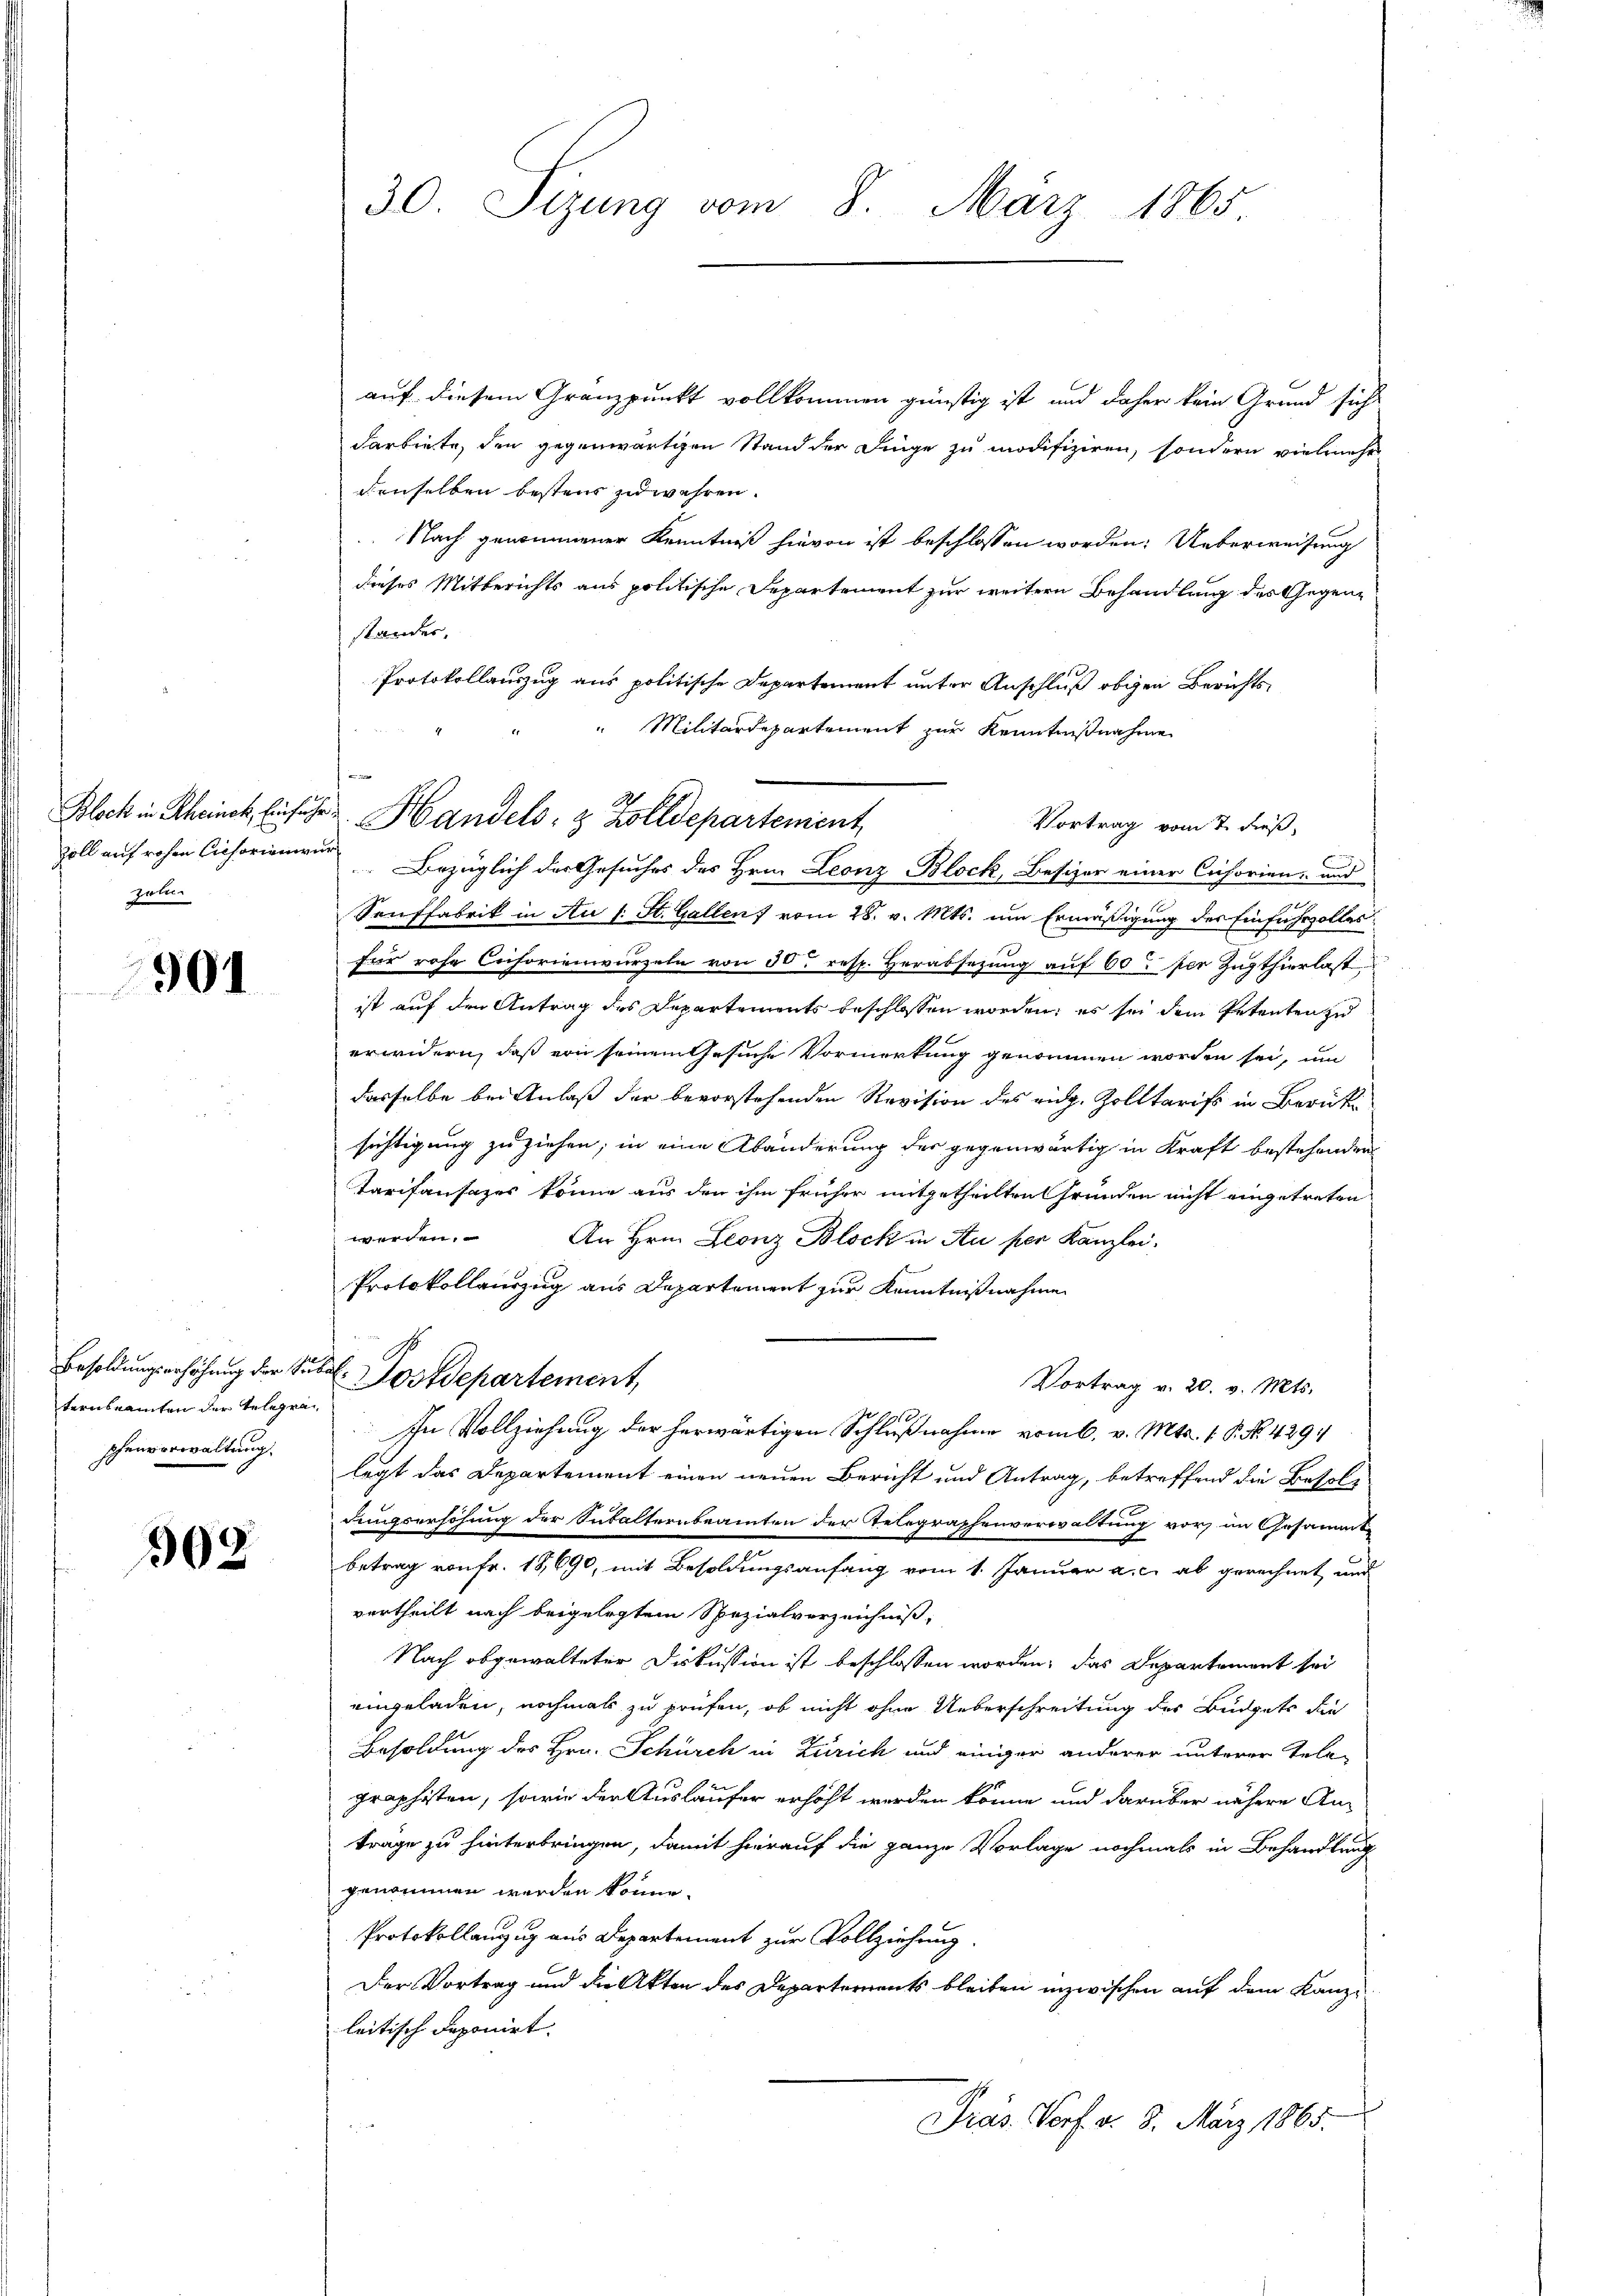
Zoll auf rohen Cichorinnern.
zel

901

Besoldungserhöhung der Subternseamten der Telegraschenvorwaltung

309.

30. Sizung vom 8. März 1865.

auf diesem Granzpunkt vollkommen günstig ist und daher kein Grund sich
darbiete, den gegenwärtigen Stand der Finge zu modifiziren, sondern vielmehr
denselben bestens zuwehren.
Nach genommener Kenntniß hievon ist beschlossen worden. Ueberweisung
dieses Mitberichts aus politische Departement zur weitern Behandlung des Gegenstander,
Protokollauszug aus politische Departement unter Anschluß obigen Berichts¬
Militärdepartement zur Kenntnißnahme
Vortrag vom 7. dieß,
Bezüglich der Gesuches des Hrn. Leonz Block, Besizer einer Cisorien- und
Senffabrik in Au (: St. Gallen vom 28. v. Mts. um Ermäßigung des Einfuhrzoller
für rohe Cusorienwurzeln von 30 resp. Herabsetzung auf 60 per Zugthierlast
ist auf den Antrag des Departements beschlossen worden; es sei dem Petenten zu
erwidern, daß von seinem Gesuche Vormerkung genommen worden sei, um
dasselbe bei Anlaß der bevorstehenden Revision des rich. Zolltarifs in Berücksichtigung zuziehen; in eine Abänderung der gegenwärtig in Kraft bestehenden
Tarifansazes könne aus den ihm früher mitgetheilten Gründen nicht eingetreten
werden.
An Hrn. Leonz Block in Au per Kanzlei.
Protokollauszug aus Departement zur Kenntnißnahme
2. Postdepartement,
Vortrag v. 20. v. Mts.
In Vollziehung der herwärtigen Schlußnahme vom 6. v. Mts. 1. P. Nr. 4294
legt das Departement einen neuen Bericht und Antrag, betreffend die Besoldungserhöhung der Subalternbeamten der Telegraphenverwaltung vor an Gesammt
betrag von fr. 18,690, mit Besoldungsanfang vom 1. Januar a. c. ab gerechnet und
vertheilt nach beigelegtem Spezialverzeichniß,
Nach abgewalteter Diskussion ist beschlossen worden, das Departement sei
eingeladen, nochmals zu prüfen, ob nicht ohne Ueberschreitung des Budgets die
Besoldung des Hrn. Schürch in Zürich und einiger anderer unterer Tele-
graphisten, sowie der Ausläufer erhöht werden könne und darüber nähere Antrage zu hinterbringen, damit hierauf die ganze Vorlage nochmals in Behandlung
genommen werden könne.
Protokollanzug aus Departement zur Vollziehung.
Der Vortrag und die Akten des Departements bleiben inzwischen auf dem Kanze
leitisch deponirt.
Präs. Vorf. d. 8. März 1865.

Block in Scheinck, Einfuhr Handels- & Zolldepartement